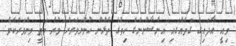
މިއީ އާދައިގެ ގޮތެއްގައި އިންސާނުންގެ ހިތުގެ ތެޅުން ހުންނަވަރަށް ވުރެ މަތީ މިންވަރެކެވެ.